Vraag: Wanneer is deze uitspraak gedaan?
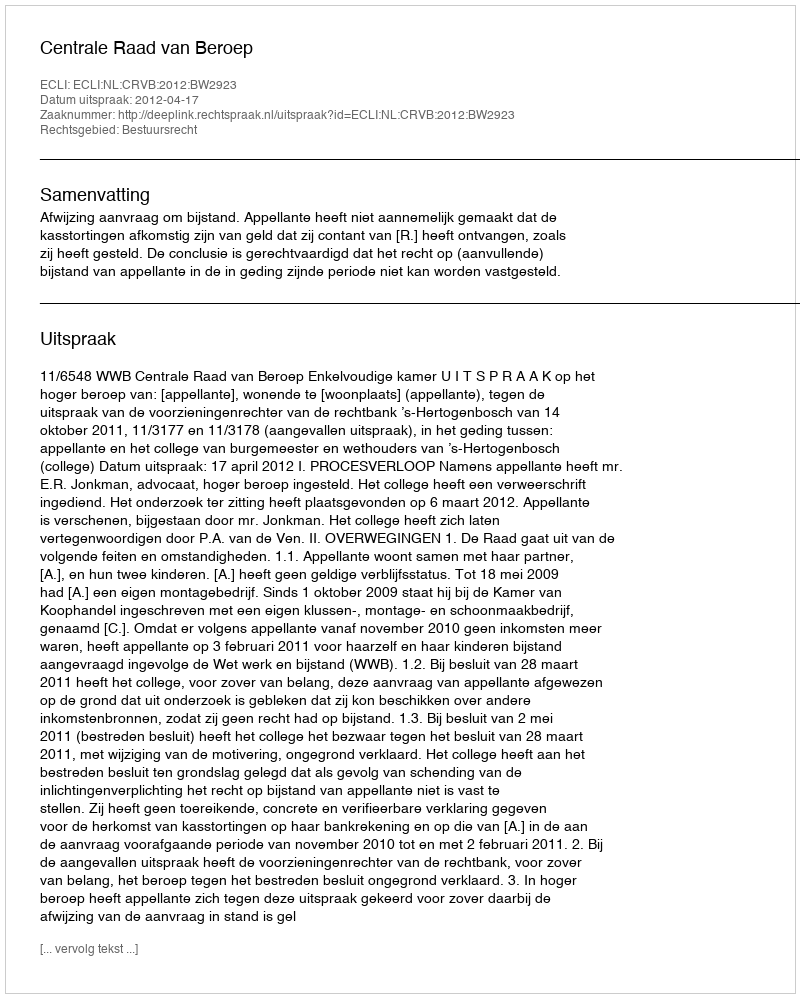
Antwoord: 2012-04-17